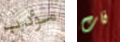
مؤدب فات